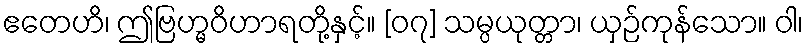
ဧတေဟိ၊ ဤဗြဟ္မဝိဟာရတို့နှင့်။ [၀၇] သမ္ပယုတ္တာ၊ ယှဉ်ကုန်သော။ ဝါ၊